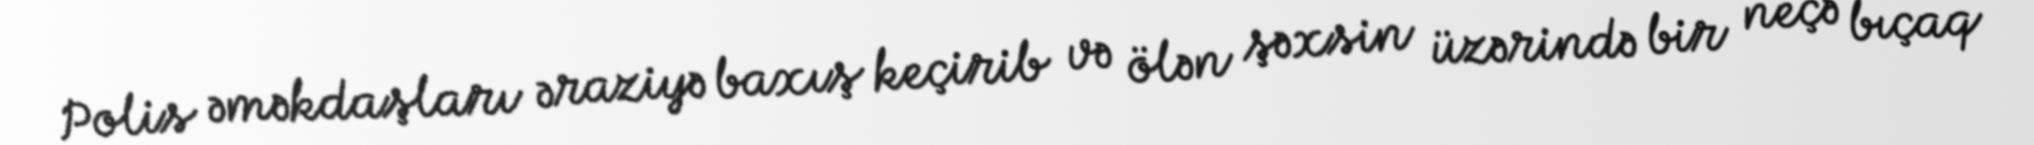
Polis əməkdaşları əraziyə baxış keçirib və ölən şəxsin üzərində bir neçə bıçaq